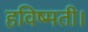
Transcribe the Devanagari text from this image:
हविष्मती।